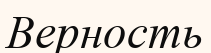
Верность